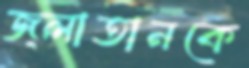
জ্লাতানকে